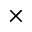
\times